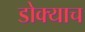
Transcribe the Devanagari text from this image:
डोक्याच